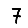
Digit: 7